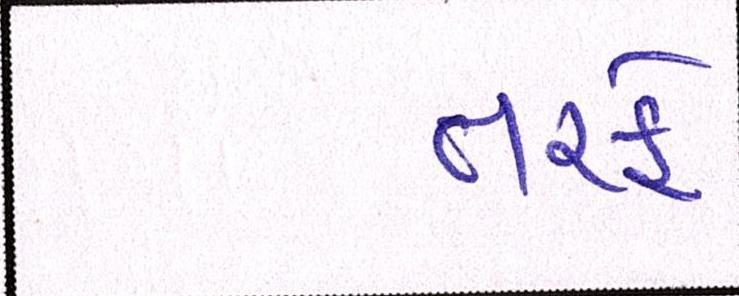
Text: તરફે